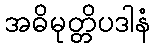
အဓိမုတ္တိပဒါနံ